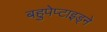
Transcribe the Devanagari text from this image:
बहुपेप्टाइड्ने